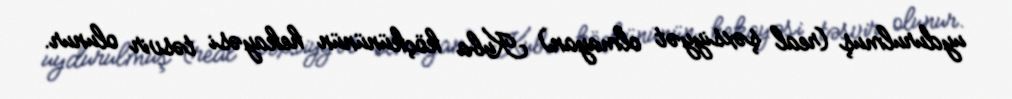
uydurulmuş (real şəxsiyyət olmayan) Kuba köçkününün hekayəsi təsvir olunur.